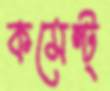
কমেন্ট্